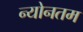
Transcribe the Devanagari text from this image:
न्योनतम